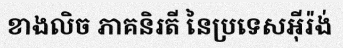
ខាងលិច ភាគនិរតី នៃប្រទេសអ៊ីរ៉ង់